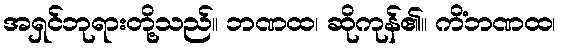
အရှင်ဘုရားတို့သည်။ ဘဏထ၊ ဆိုကုန်၏။ ကိံဘဏထ၊